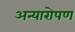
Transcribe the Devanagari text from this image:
अन्यारोपण